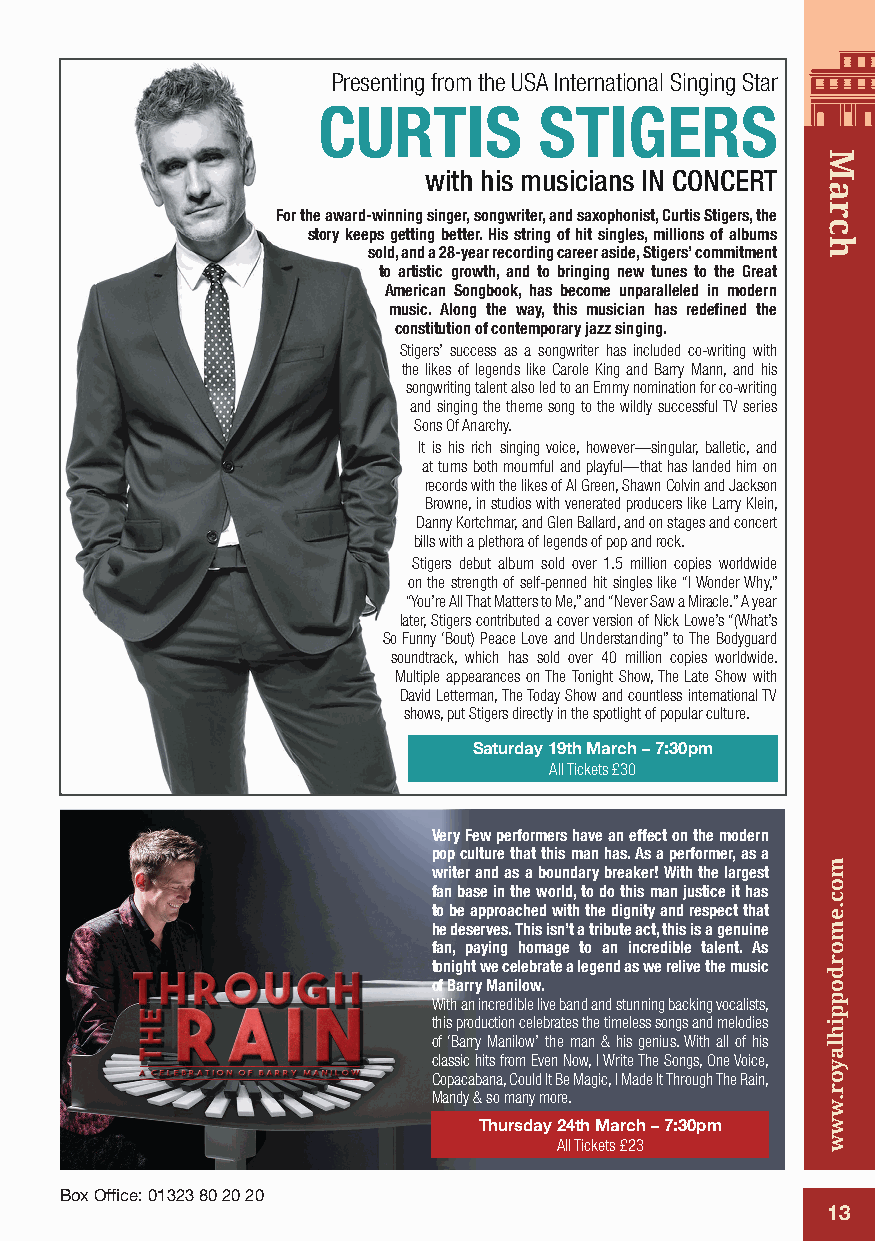
Presenting from the USA International Singing Star
 CURTIS         STIGERS
 with his musicians IN CONCERT
 For the award-winning singer, songwriter, and saxophonist, Curtis Stigers, the
 story keeps getting better. His string of hit singles, millions of albums
 sold, and a 28-year recording career aside, Stigers’ commitment
 to artistic growth, and to bringing new tunes to the Great
 American Songbook, has become unparalleled in modern
 music. Along the way, this musician has redefined the
 constitution of contemporary jazz singing.
 Stigers’ success as a songwriter has included co-writing with
 the likes of legends like Carole King and Barry Mann, and his
 songwriting talent also led to an Emmy nomination for co-writing
 and singing the theme song to the wildly successful TV series
 Sons Of Anarchy.
 It is his rich singing voice, however—singular, balletic, and
 at turns both mournful and playful—that has landed him on
 records with the likes of Al Green, Shawn Colvin and Jackson
 Browne, in studios with venerated producers like Larry Klein,
 Danny Kortchmar, and Glen Ballard, and on stages and concert
 bills with a plethora of legends of pop and rock.
 Stigers debut album sold over 1.5 million copies worldwide
 on the strength of self-penned hit singles like “I Wonder Why,”
 “You’re All That Matters to Me,” and “Never Saw a Miracle.” A year
 later, Stigers contributed a cover version of Nick Lowe’s “(What’s
 So Funny ‘Bout) Peace Love and Understanding” to The Bodyguard
 soundtrack, which has sold over 40 million copies worldwide.
 Multiple appearances on The Tonight Show, The Late Show with
 David Letterman, The Today Show and countless international TV
 shows, put Stigers directly in the spotlight of popular culture.
 Saturday 19th March – 7:30pm
 All Tickets £30
 Very Few performers have an effect on the modern
 pop culture that this man has. As a performer, as a
 writer and as a boundary breaker! With the largest
 fan base in the world, to do this man justice it has
 to be approached with the dignity and respect that
 he deserves. This isn’t a tribute act, this is a genuine
 fan, paying homage to an incredible talent. As
 tonight we celebrate a legend as we relive the music
 of Barry Manilow.
 With an incredible live band and stunning backing vocalists,
 this production celebrates the timeless songs and melodies
 of ‘Barry Manilow’ the man & his genius. With all of his
 classic hits from Even Now, I Write The Songs, One Voice,
 Copacabana, Could It Be Magic, I Made It Through The Rain,
 Mandy & so many more.
 Thursday 24th March – 7:30pm
 All Tickets £23
 Box Office: 01323 80 20 20
 13
 March
 moc.emordoppihlayor.www